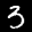
Label: 3